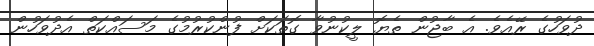
ދުވަހުގެ ރޭއެވެ. އެ ބާޖުން ތެޔޮ ލީކުނުވާ ގޮތަކަށް ފުންކުރުމުގެ މަސައްކަތް އެދުވަހުން